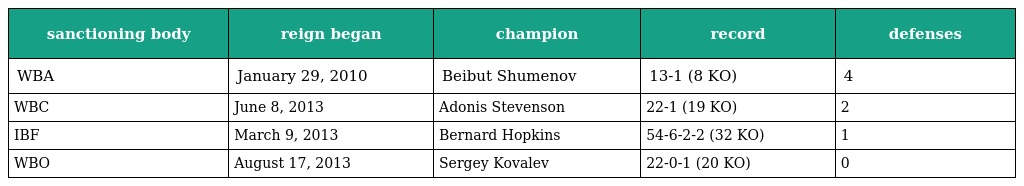
| sanctioning body | reign began | champion | record | defenses |
 | --- | --- | --- | --- | --- |
 | WBA | January 29, 2010 | Beibut Shumenov | 13-1 (8 KO) | 4 |
 | WBC | June 8, 2013 | Adonis Stevenson | 22-1 (19 KO) | 2 |
 | IBF | March 9, 2013 | Bernard Hopkins | 54-6-2-2 (32 KO) | 1 |
 | WBO | August 17, 2013 | Sergey Kovalev | 22-0-1 (20 KO) | 0 |